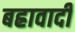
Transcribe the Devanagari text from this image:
बह्रावादी